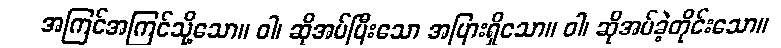
အကြင်အကြင်သို့သော။ ဝါ၊ ဆိုအပ်ပြီးသော အပြားရှိသော။ ဝါ၊ ဆိုအပ်ခဲ့တိုင်းသော။